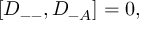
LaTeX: [ { \cal D } _ { -- } , { \cal D } _ { - A } ] = 0 ,